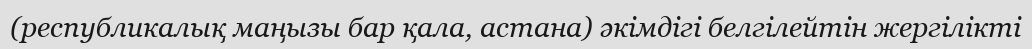
(республикалық маңызы бар қала, астана) әкімдігі белгілейтін жергілікті